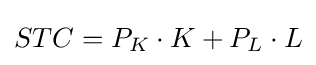
STC=P_{K}\cdot K+P_{L}\cdot L